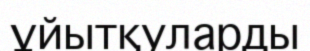
ұйытқуларды